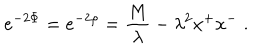
LaTeX: e ^ { - 2 \Phi } = e ^ { - 2 \rho } = { \frac { M } { \lambda } } - \lambda ^ { 2 } x ^ { + } x ^ { - } \; .